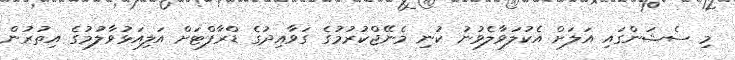
މި ސެޝަންގައި އަލަށް އެކުލަވާލެވުނު ކުނި މެނޭޖްކުރުމުގެ ގަވާއިދުގެ ޑްރާފްޓަށް އަލިއަޅުވާލުމުގެ އިތުރުން